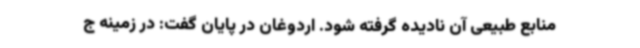
منابع طبیعی آن نادیده گرفته شود. اردوغان در پایان گفت: در زمینه ج